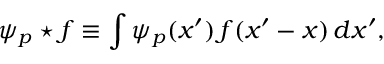
\psi _ { p } \star f \equiv \int { \psi _ { p } ( x ^ { \prime } ) \, f ( x ^ { \prime } - x ) \, d x ^ { \prime } } ,